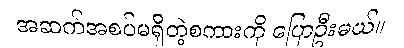
အဆက်အစပ်မရှိတဲ့စကားကို ပြောဦးမယ်။